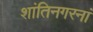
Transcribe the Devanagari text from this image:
शांतिनगरनां